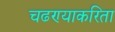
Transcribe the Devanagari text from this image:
चढण्याकरिता